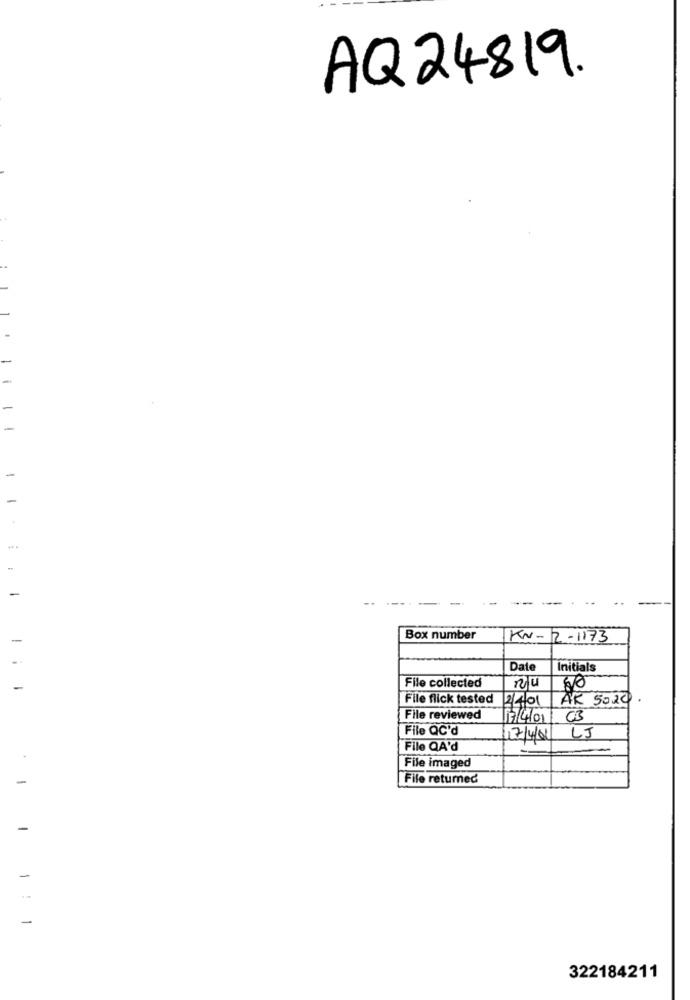
AQ24819
-
Box number
KN-2-1173
Date
Initials
File collected
nu
File flick tested
2401
AR 5020
File reviewed
17/4/01/ 03
File QC'd
17/4/01
LJ
File QA'd
File imaged
File returned
-
-
322184211